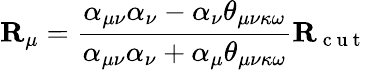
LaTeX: \mathbf{R}_{\mu}=\frac{\alpha_{\mu\nu}\alpha_{\nu}-\alpha_{\nu}\theta_{\mu\nu\kappa\omega}}{\alpha_{\mu\nu}\alpha_{\nu}+\alpha_{\mu}\theta_{\mu\nu\kappa\omega}}\mathbf{R}_{\mathrm{~c~u~t~}}